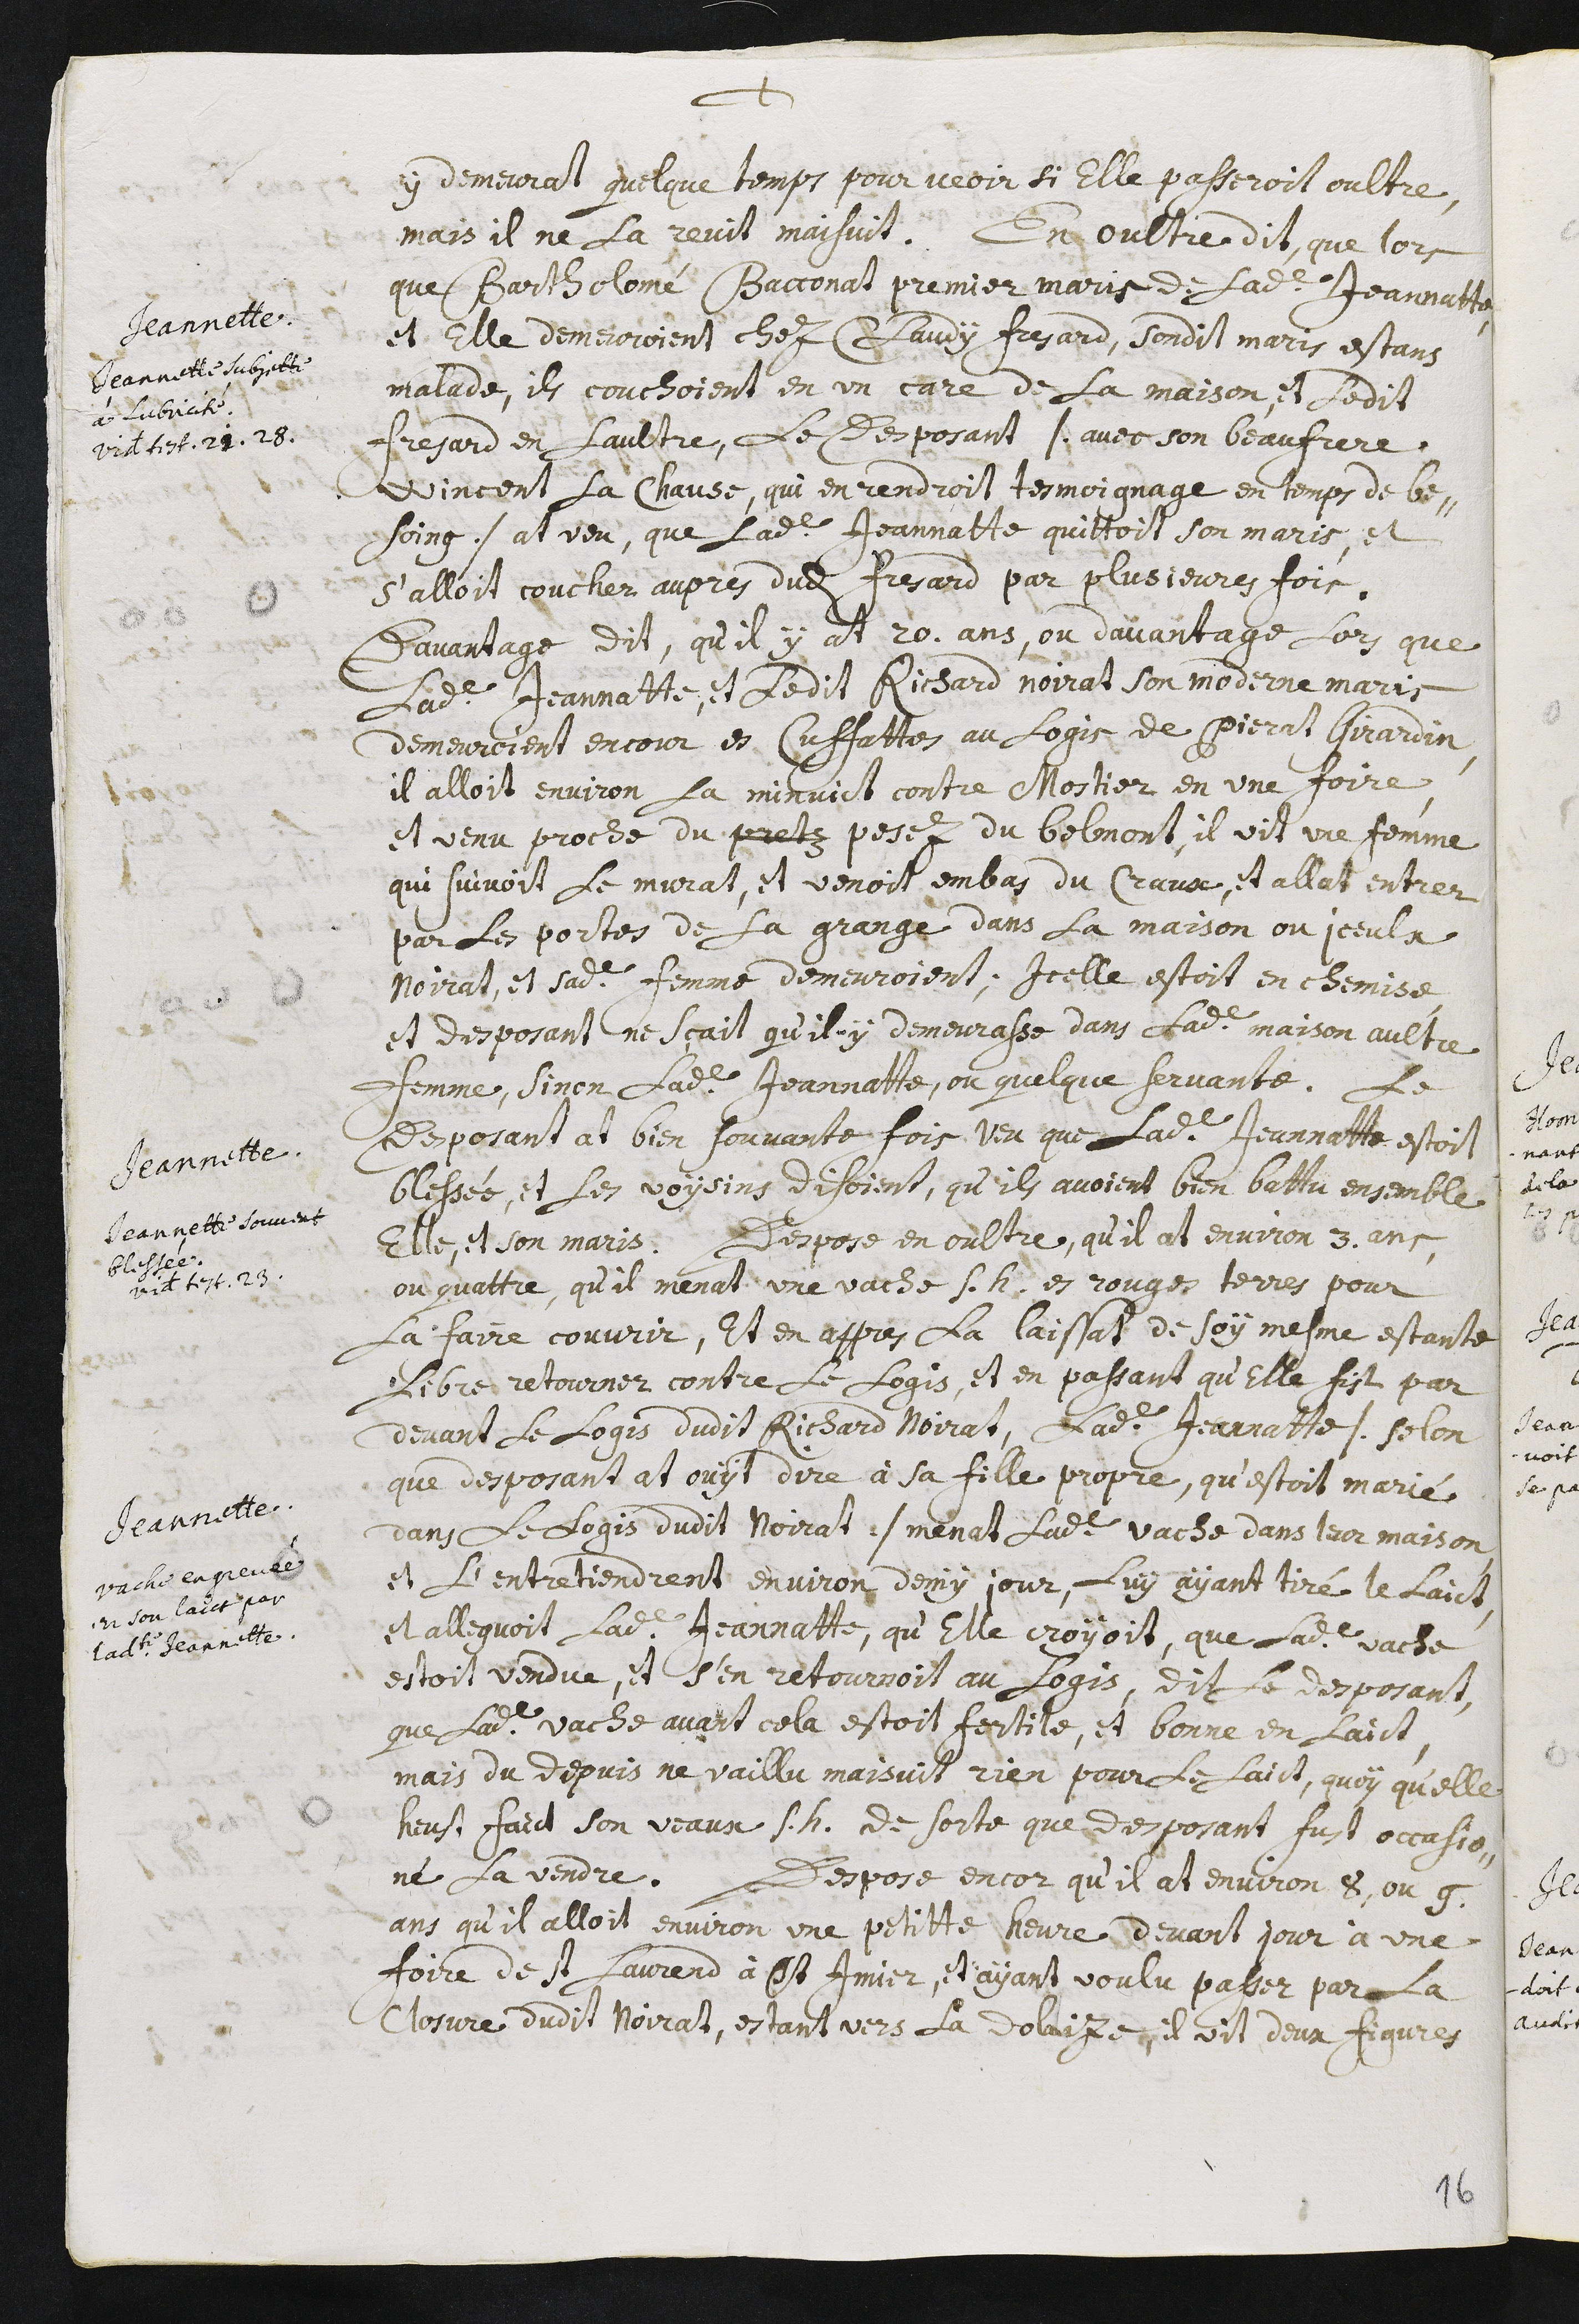
+
y demeurat quelque temps pour veoir si elle passeroit oultre,
mais il ne la revit maisuit.
Jeannette
Jeannette subjette
à lubricité
Videte testimonia 21. 28.
En oultre dit, que lors
que Bartholomé Bacconat premier maris de ladite Jeannatte
et elle demeuroient chez Claudy Fresard, sondit maris estans
malade, ils couchoient en un care de la maison, et ledit
Fresard en l’aultre. Le desposant /. avec son beaufrere
Wincent la Chause, qui en rendroit tesmoignage en temps de be-
soing ./ at veu, que ladite Jeannatte quittoit son maris, et
s’alloit coucher aupres dudit Fresard par plusieures fois.
Davantage dit, qu’il y at 20 ans, ou davantage lors que
ladite Jeannatte, et ladit Richard Noirat son moderne maris
demeuroient encour es Cuffattes au logis de Pierat Girardin
il alloit environ la minuict contre Mostier en une foire,
et venu proche du pretz posez du Belmont, il vit une femme
qui suivoit le murat, et venoit em bas du Craux, et allat entrer
par les portes de la grange dans la maison ou iceulx
Noirat, et sadite femme demeuroient. Icelle estoit en chemise
et deposant ne sçait qu’il y demeurasse dans ladite maison aultre
femme, sinon ladite Jeannatte, ou quelque servante.
Jeannette
Jeannette souvent
blessée.
Videte testimonium 23.
Le
desposant at bien souvante fois veu que ladite Jeannatte estoit
blessée, et ses voysins disoient, qu’ils avoient bien battu ensemble
elle, et son maris.
Jeannette.
Vache engrevée
en son laict par
ladite Jeannette.
Despose en oultre, qu’il at environ 3 ans,
ou quattre, qu’il menat une vache s.h. es Rouges Terres pour
la faire couvrir, et en appres la laissat de soy mesme estante
libre retourner contre le logis, et en passant qu’elle fist par
devant le logis dudit Richard Noirat, ladite Jeannatte /. selon
que desposant at ouyt dire à sa fille propre, qu’estoit marié
dans le logis dudit Noirat ./ menat ladite vache dans leur maison,
et l’entretiendrent environ demy jour, luy ayant tiré le laict,
et alleguoit ladite Jeannatte, qu’elle croyoit, que ladite vache
estoit vendue, et s’en retournoit au logis. Dit le deposant,
que ladite vache avant cela estoit fertile, et bonne en laict,
mais du depuis ne vaillu maisuit rien pour le laict, quoy qu’elle
heust faict son veaux s.h. de sorte que desposant fust occasio-
né la vendre. Despose encor qu’il at environ 8 ou 9
ans qu’il alloit environ une petitte heure devant jour à une
foire de St Laurend à St Imier, et ayant voulu passer par la
closure dudit Noirat, estant vers la dolaize, il vit deux figures